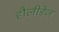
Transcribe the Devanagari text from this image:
हौलीडेज़